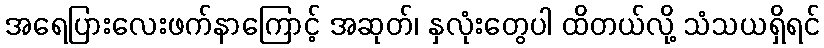
အရေပြားလေးဖက်နာကြောင့် အဆုတ်၊ နှလုံးတွေပါ ထိတယ်လို့ သံသယရှိရင်